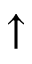
\uparrow